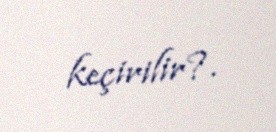
keçirilir?.